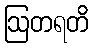
ဩတရတိ